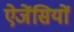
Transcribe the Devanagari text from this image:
ऐजेंसियों